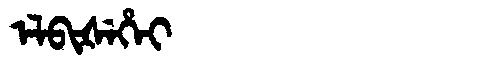
Manchu: ᡝᠯᠪᡳᡧᡝᡥᡝᡳ
Romanization: ELBIŠEHEI